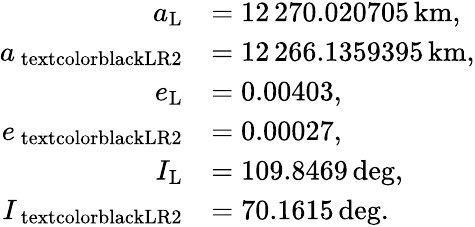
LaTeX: \begin{array}{rl}{a_{\mathrm{L}}}&{=12\, 270.020705\, \mathrm{km},}\\ {a_{\mathrm{\ textcolor{black}{LR2}}}}&{=12\, 266.1359395\, \mathrm{km},}\\ {e_{\mathrm{L}}}&{=0.00403,}\\ {e_{\mathrm{\ textcolor{black}{LR2}}}}&{=0.00027,}\\ {I_{\mathrm{L}}}&{=109.8469\, \mathrm{deg},}\\ {I_{\mathrm{\ textcolor{black}{LR2}}}}&{=70.1615\, \mathrm{deg}.}\end{array}